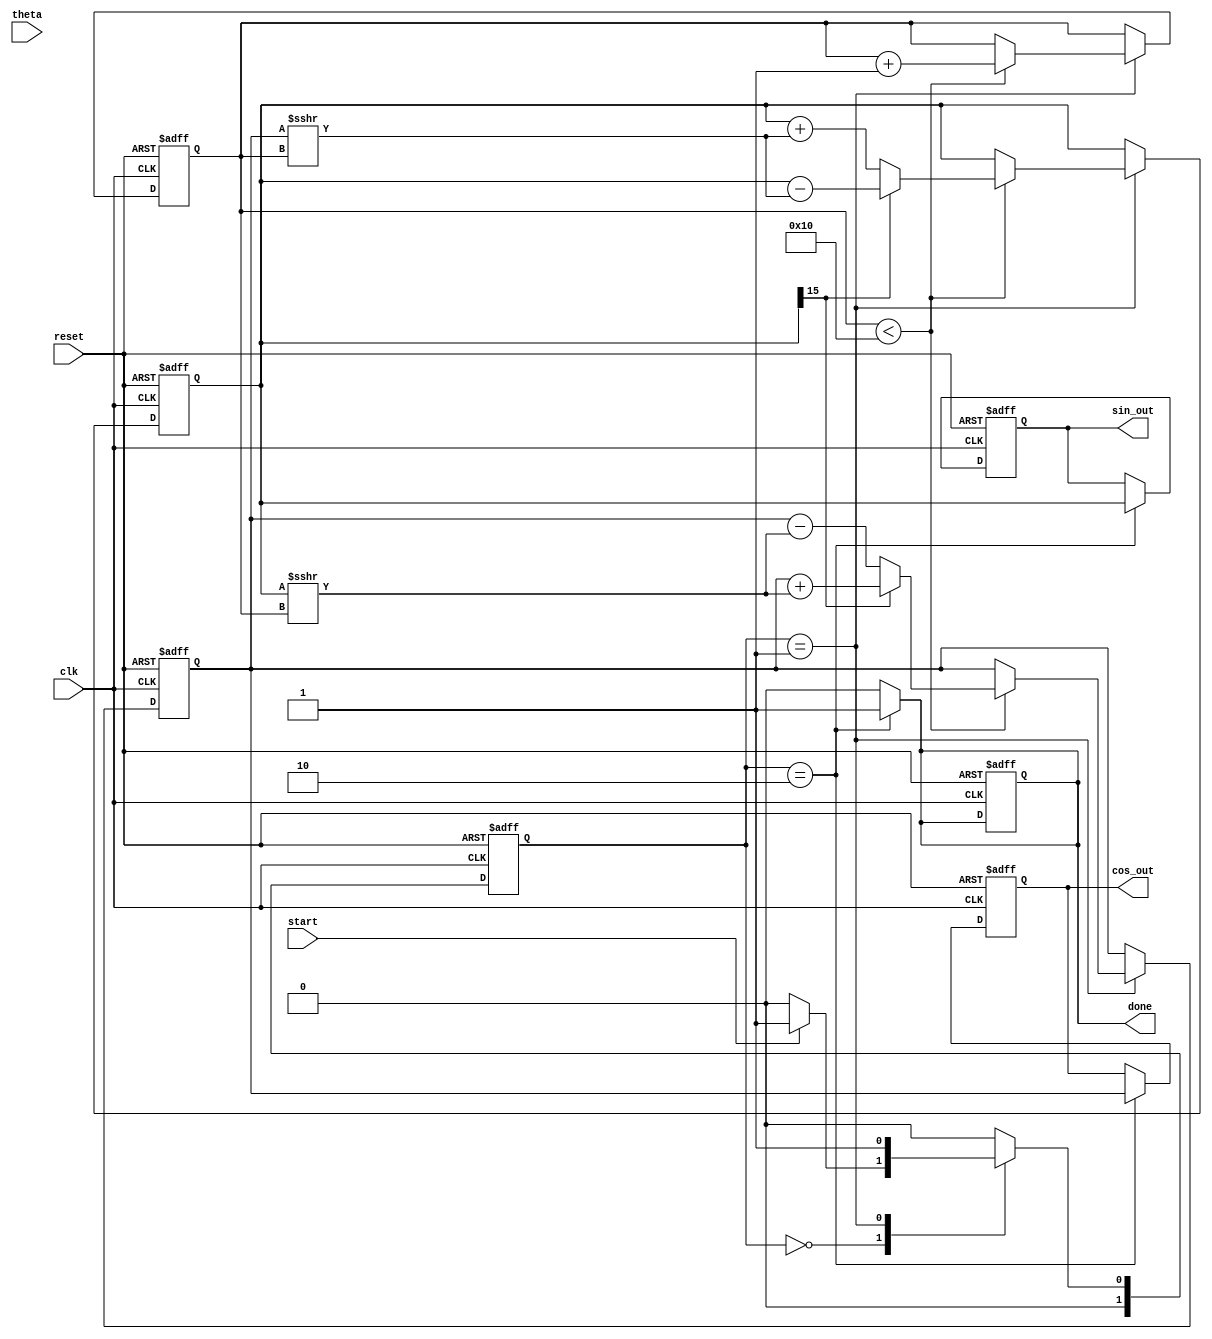
module cordic (
    input wire clk,
    input wire reset,
    input wire start,
    input wire [15:0] theta, // Input angle in fixed-point format
    output reg [15:0] sin_out, // Sine output
    output reg [15:0] cos_out, // Cosine output
    output reg done // Completion signal
);

    // Parameters
    parameter NUM_ITERATIONS = 16; // Number of iterations for CORDIC
    parameter FIXED_POINT_FRACTIONAL_BITS = 14; // For fixed-point representation

    // Internal registers
    reg [15:0] x_reg; // X register
    reg [15:0] y_reg; // Y register
    reg [15:0] angle_reg; // Angle register
    reg [3:0] iteration_counter; // Iteration counter

    // CORDIC angle lookup table (in fixed-point format)
    reg [15:0] atan_table [0:NUM_ITERATIONS-1];
    initial begin
        atan_table[0] = 16'h2000; // atan(1) = pi/4 in fixed-point
        atan_table[1] = 16'h1400; // atan(0.5) = 26.565 degrees
        atan_table[2] = 16'h0A00; // atan(0.25) = 14.036 degrees
        atan_table[3] = 16'h0500; // atan(0.125) = 7.125 degrees
        // Additional precomputed values...
        // (Fill in more values for atan_table as needed)
    end

    // State encoding
    localparam IDLE = 2'b00,
               COMPUTING = 2'b01,
               DONE = 2'b10;

    reg [1:0] state, next_state;

    // State machine for control logic
    always @(posedge clk or posedge reset) begin
        if (reset) begin
            state <= IDLE;
            done <= 1'b0;
        end else begin
            state <= next_state;
        end
    end

    // Next state logic and output generation
    always @(*) begin
        case (state)
            IDLE: begin
                if (start) begin
                    next_state = COMPUTING;
                    done = 1'b0;
                end else begin
                    next_state = IDLE;
                    done = 1'b0;
                end
            end

            COMPUTING: begin
                if (iteration_counter == NUM_ITERATIONS) begin
                    next_state = DONE;
                    done = 1'b1; // Indicate done when computation is complete
                end else begin
                    next_state = COMPUTING;
                    done = 1'b0;
                end
            end

            DONE: begin
                next_state = IDLE; // After done, return to IDLE
                done = 1'b1;
            end

            default: begin
                next_state = IDLE;
                done = 1'b0;
            end
        endcase
    end

    // CORDIC computation logic
    always @(posedge clk or posedge reset) begin
        if (reset) begin
            x_reg <= 16'h2000; // Initialize X to 1 (fixed-point)
            y_reg <= 16'h0000; // Initialize Y to 0
            angle_reg <= theta; // Load the input angle
            iteration_counter <= 4'b0000; // Reset the iteration counter
            sin_out <= 16'h0000; // Clear sine output
            cos_out <= 16'h0000; // Clear cosine output
        end else begin
            case (state)
                COMPUTING: begin
                    if (iteration_counter < NUM_ITERATIONS) begin
                        // Perform CORDIC rotation
                        if (y_reg[15] == 1'b1) begin // Y is negative
                            x_reg <= x_reg + (y_reg >>> iteration_counter);
                            y_reg <= y_reg - (x_reg >>> iteration_counter);
                            angle_reg <= angle_reg + atan_table[iteration_counter];
                        end else begin // Y is positive
                            x_reg <= x_reg - (y_reg >>> iteration_counter);
                            y_reg <= y_reg + (x_reg >>> iteration_counter);
                            angle_reg <= angle_reg - atan_table[iteration_counter];
                        end
                        iteration_counter <= iteration_counter + 1; // Increment iteration counter
                    end
                end

                DONE: begin
                    cos_out <= x_reg; // Final X is cos(theta)
                    sin_out <= y_reg; // Final Y is sin(theta)
                end

                default: begin
                    // Default state handling
                end
            endcase
        end
    end
endmodule